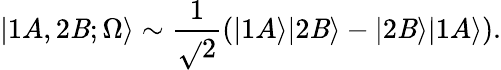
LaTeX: |1A,2\mathit{B};\Omega\rangle\sim\frac{{1}}{{\sqrt{}{{2}}}}\left(|1A\rangle|2\mathit{B}\rangle-|2\mathit{B}\rangle|1A\rangle\right).